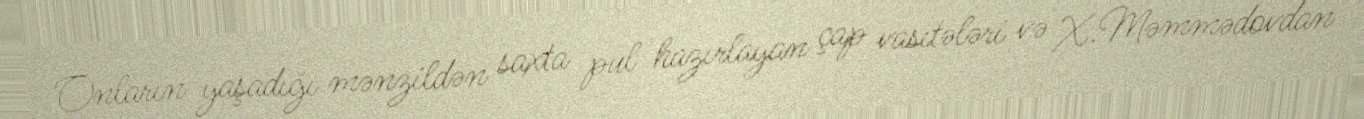
Onların yaşadığı mənzildən saxta pul hazırlayan çap vasitələri və X.Məmmədovdan